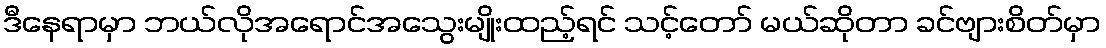
ဒီနေရာမှာ ဘယ်လိုအရောင်အသွေးမျိုးထည့်ရင် သင့်တော် မယ်ဆိုတာ ခင်ဗျားစိတ်မှာ